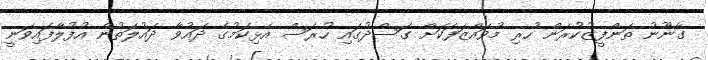
ގާނޫނު ތަންފީޒުކުރަން ހުރި މުވައްޒަފަކަށް ގަސްދުގައި ހުރަސް އެޅިކަމުގެ ދައުވާ ދައުލަތުން އުފުލާފައިވަނީ